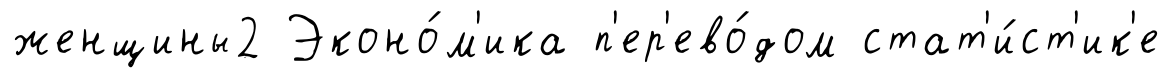
женщины2 Эконо́м'ика п'ер'ево́дом стат'и́ст'ик'е